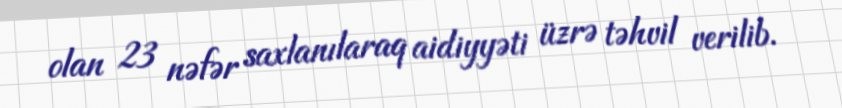
olan 23 nəfər saxlanılaraq aidiyyəti üzrə təhvil verilib.